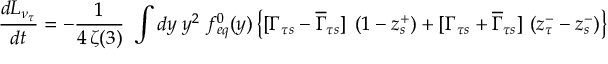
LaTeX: { \frac { d L _ { \nu _ { \tau } } } { d t } } = - { \frac { 1 } { 4 \, \zeta ( 3 ) } } ~ \int d y \; y ^ { 2 } ~ f _ { e q } ^ { 0 } ( y ) \left\{ [ \Gamma _ { \tau s } - \overline { { { \Gamma } } } _ { \tau s } ] \; \left( 1 - z _ { s } ^ { + } \right) + [ \Gamma _ { \tau s } + \overline { { { \Gamma } } } _ { \tau s } ] \, \left( z _ { \tau } ^ { - } - z _ { s } ^ { - } \right) \right\}